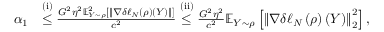
\begin{array} { r l } { \alpha _ { 1 } } & { \overset { \mathrm { ( i ) } } { \leq } \frac { G ^ { 2 } \eta ^ { 2 } \mathbb { E } _ { Y \sim \rho } ^ { 2 } \left[ \left\Vert \nabla \delta \ell _ { N } \left( \rho \right) \left( Y \right) \right\Vert \right] } { c ^ { 2 } } \overset { \mathrm { ( i i ) } } { \leq } \frac { G ^ { 2 } \eta ^ { 2 } } { c ^ { 2 } } \mathbb { E } _ { Y \sim \rho } \left[ \left\Vert \nabla \delta \ell _ { N } \left( \rho \right) \left( Y \right) \right\Vert _ { 2 } ^ { 2 } \right] , } \end{array}